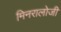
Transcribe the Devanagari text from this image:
मिनरालोजी